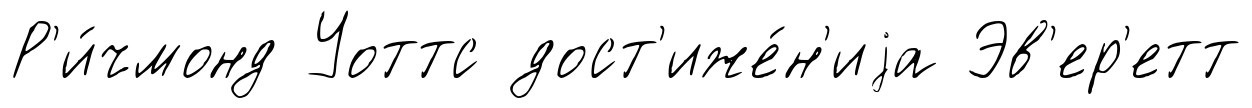
Р'и́чмонд Уоттс дост'иже́н'иjа Эв'ер'етт